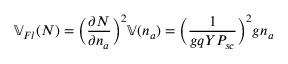
\mathbb { V } _ { F l } ( N ) = \Big ( \frac { \partial N } { \partial n _ { a } } \Big ) ^ { 2 } \mathbb { V } ( n _ { a } ) = \Big ( \frac { 1 } { g q Y P _ { s c } } \Big ) ^ { 2 } g n _ { a }